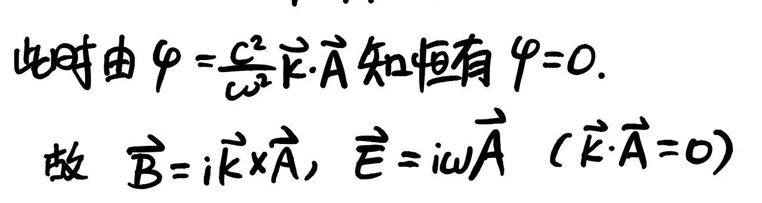
此时由\(\varphi=\frac{c^{2}}{\omega^{2}}\vec{k}\cdot\vec{A}\)知恒有\(\varphi = 0\)。

故\(\vec{B}=i\vec{k}\times\vec{A}\)，\(\vec{E}=i\omega\vec{A}\ (\vec{k}\cdot\vec{A}=0)\)